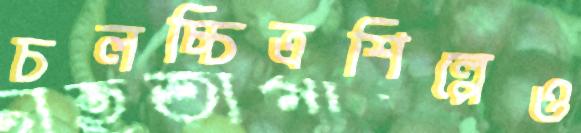
চলচ্চিত্রশিল্পেও